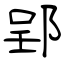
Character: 郢